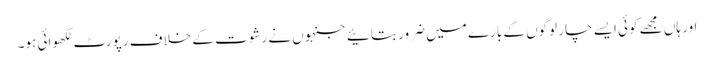
اور ہاں مجھے کوئی ایسے چار لوگوں کے بارے میں ضرور بتائیے جنہوں نے رشوت کے خلاف رپورٹ لکھوائی ہو۔